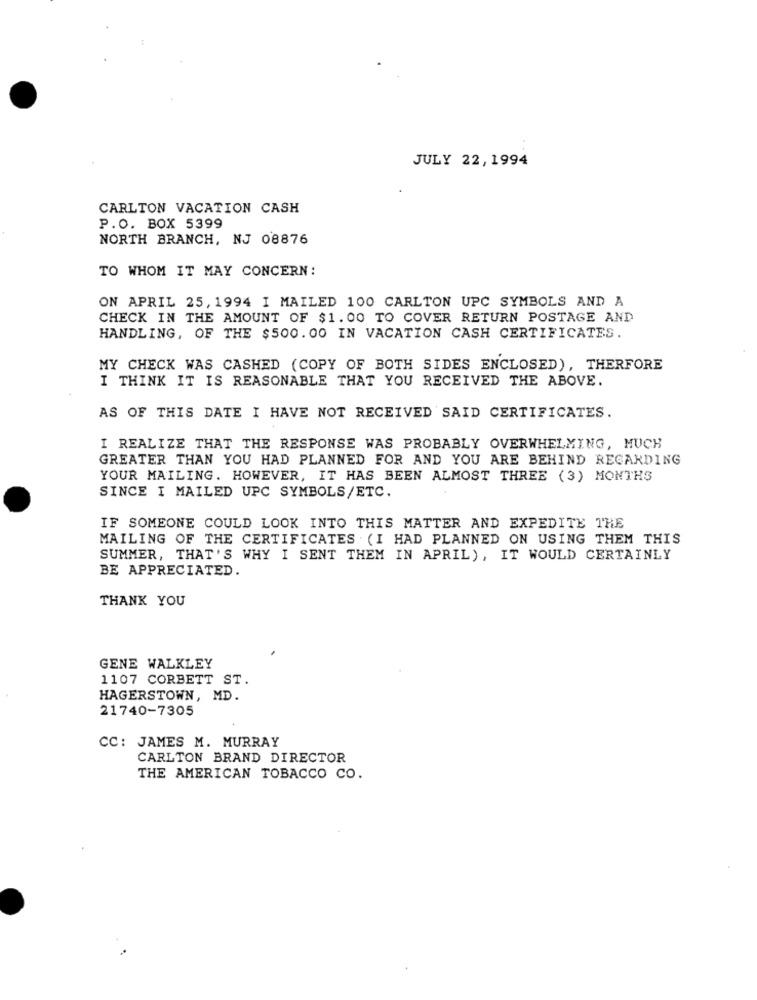
JULY 22,1994
CARLTON VACATION CASH
P.O. BOX 5399
NORTH BRANCH, NJ 08876
TO WHOM IT MAY CONCERN:
ON APRIL 25, 1994 I MAILED 100 CARLTON UPC SYMBOLS AND A
CHECK IN THE AMOUNT OF $1.00 TO COVER RETURN POSTAGE AND
HANDLING, OF THE $500. 00 IN VACATION CASH CERTIFICATES.
MY CHECK WAS CASHED (COPY OF BOTH SIDES ENCLOSED), THERFORE
I THINK IT IS REASONABLE THAT YOU RECEIVED THE ABOVE.
AS OF THIS DATE I HAVE NOT RECEIVED SAID CERTIFICATES.
I REALIZE THAT THE RESPONSE WAS PROBABLY OVERWHELMING, MUCH
GREATER THAN YOU HAD PLANNED FOR AND YOU ARE BEHIND REGARDING
YOUR MAILING. HOWEVER, IT HAS BEEN ALMOST THREE (3) MONTHS
SINCE I MAILED UPC SYMBOLS/ETC.
IF SOMEONE COULD LOOK INTO THIS MATTER AND EXPEDITE THE
MAILING OF THE CERTIFICATES (I HAD PLANNED ON USING THEM THIS
SUMMER, THAT'S WHY I SENT THEM IN APRIL), IT WOULD CERTAINLY
BE APPRECIATED.
THANK YOU
GENE WALKLEY
1107 CORBETT ST.
HAGERSTOWN, MD.
21740-7305
CC: JAMES M. MURRAY
CARLTON BRAND DIRECTOR
THE AMERICAN TOBACCO CO.